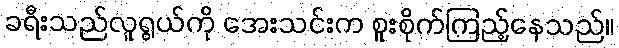
ခရီးသည်လူရွယ်ကို အေးသင်းက စူးစိုက်ကြည့်နေသည်။